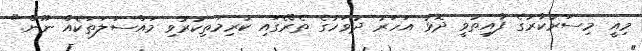
މިއީ މިސަރުކާރުގެ ފާއިތުވީ ދޮޅު އަހަރު ދުވަހުގެ ތެރޭގައި ކުރިމަތިކުރުވި މައްސަލަތަކެއް ނޫން."